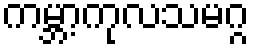
ကမ္ဘာ့ကုလသမဂ္ဂ